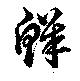
鮮